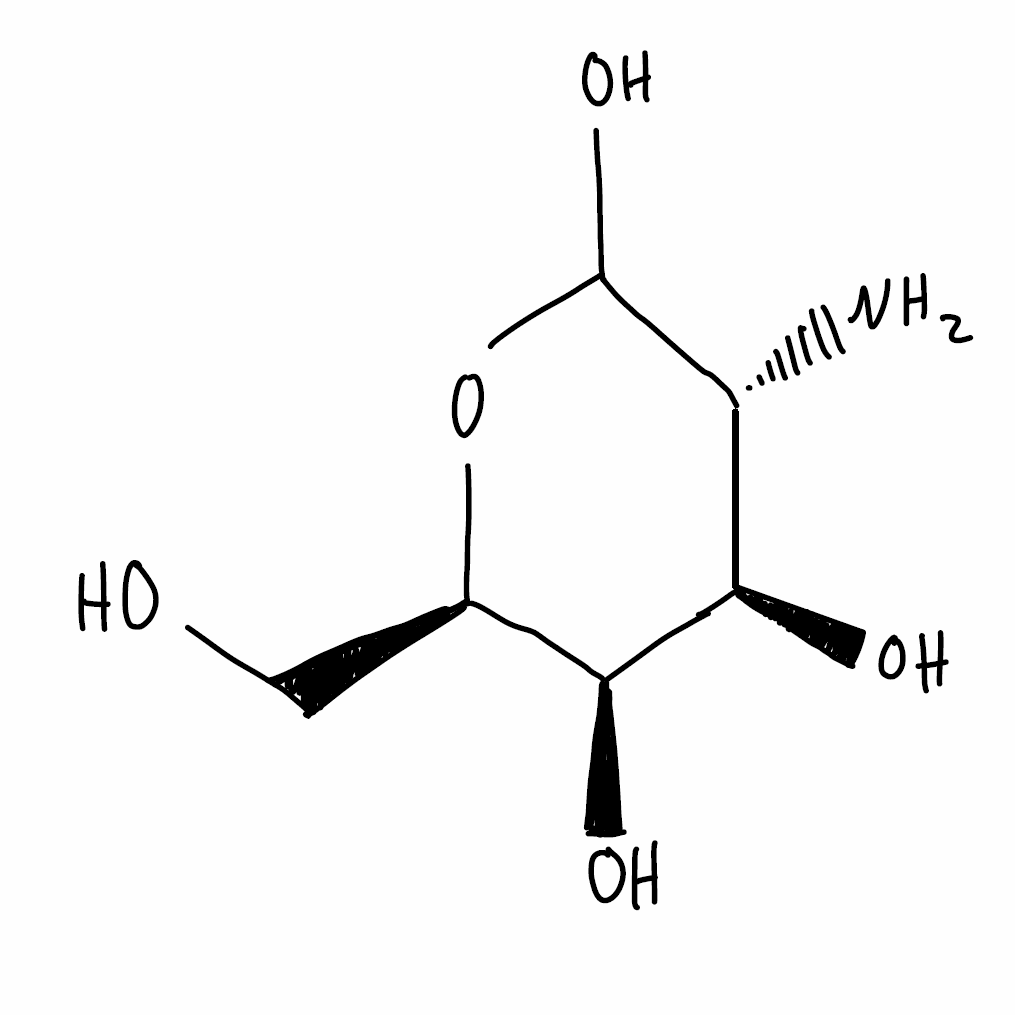
Simplified molecular-input line-entry system (SMILES) notation of the given molecule:
C([C@@H]1[C@@H]([C@@H]([C@H](C(O1)O)N)O)O)O